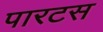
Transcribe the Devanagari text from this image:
पारटस